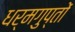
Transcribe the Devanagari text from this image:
धर्मगुप्तों